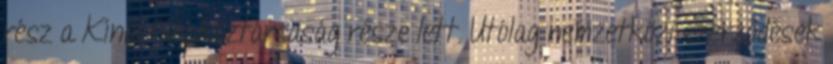
rész a Kínai Népköztársaság része lett. Utólag nemzetközi szerződések